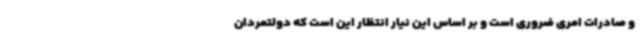
و صادرات امری ضروری است و بر اساس این نیار انتظار این است که دولتمردان